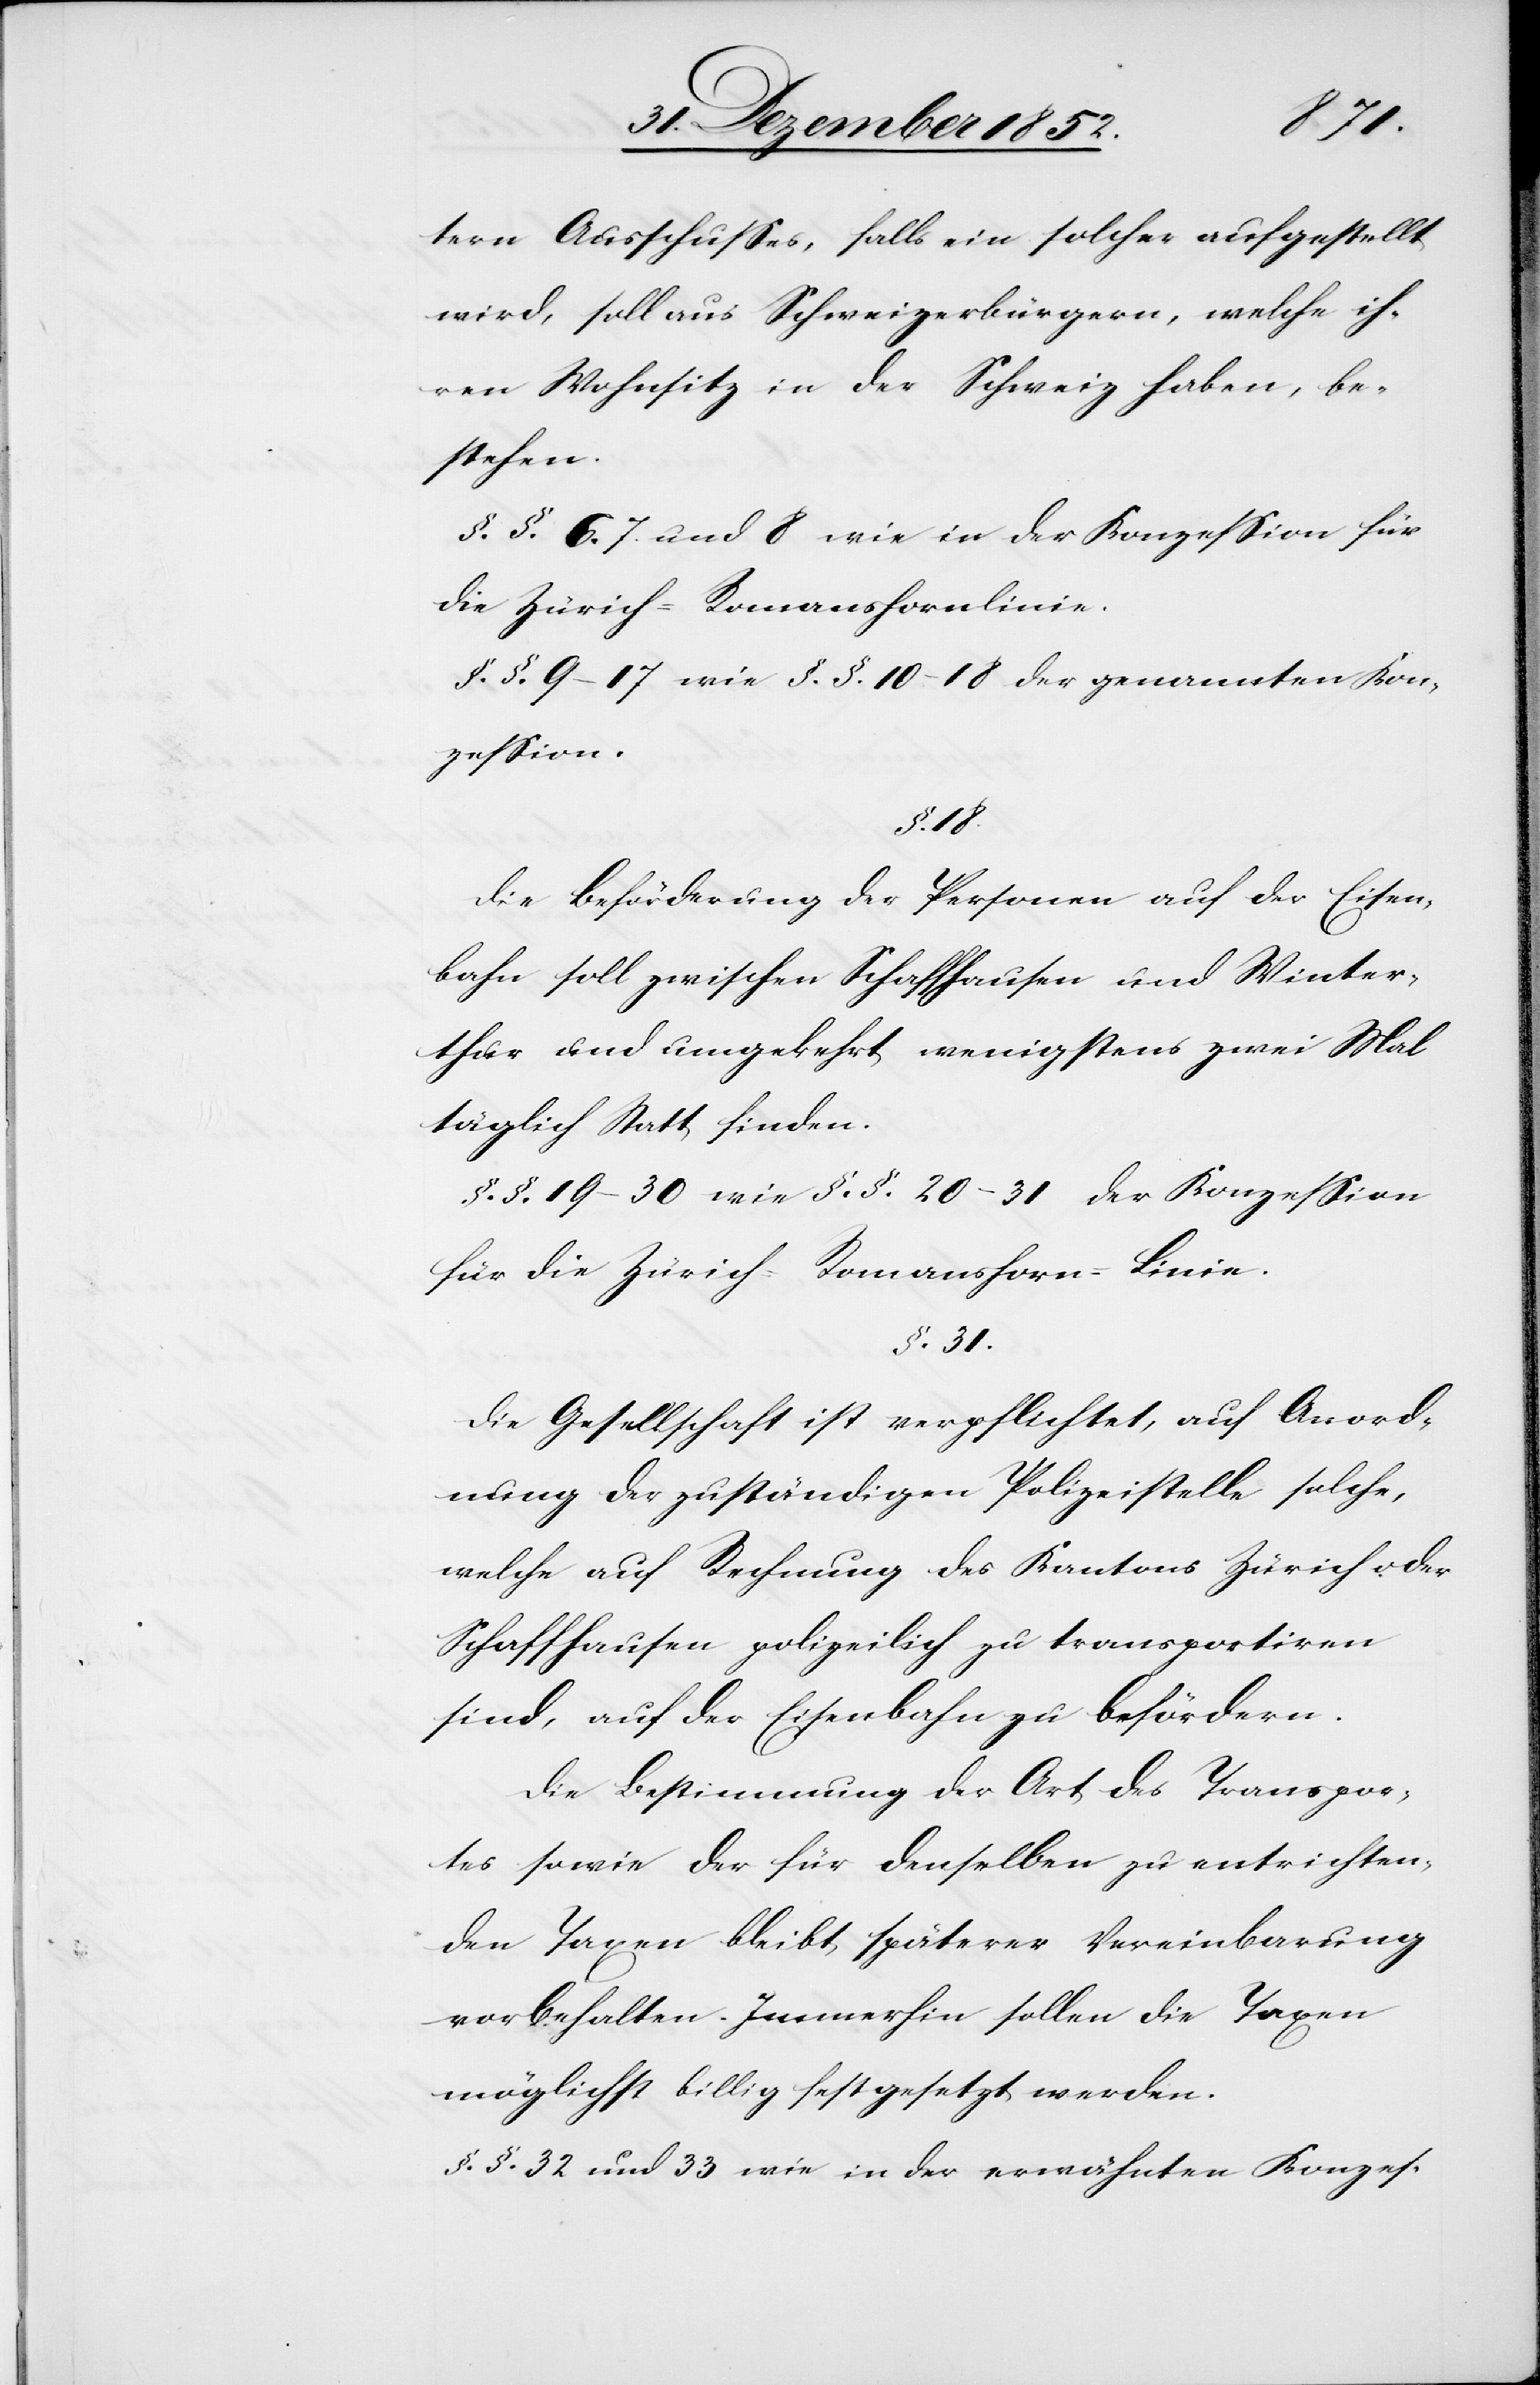
tern Ausschusses, falls ein solcher aufgestellt
wird, soll aus Schweizerbürgern, welche ih¬
ren Wohnsitz in der Schweiz haben, be¬
stehen.
§.§. 6.[,] 7. und 8 wie in der Konzession für
die Zürich-Romanshornlinie.
§.§. 9–17 wie §.§. 10–18 der genannten Kon¬
zession.
§. 18.
Die Beförderung der Personen auf der Eisen¬
bahn soll zwischen Schaffhausen und Winter¬
thur und umgekehrt wenigstens zwei Mal
täglich Statt finden.
§.§. 19–30 wie §.§. 20–31 der Konzession
für die Zürich-Romanshorn-Linie.
§. 31.
Die Gesellschaft ist verpflichtet, auf Anord¬
nung der zuständigen Polizeistelle solche,
welche auf Rechnung des Kantons Zürich oder
Schaffhausen polizeilich zu transportiren
sind, auf der Eisenbahn zu befördern.
Die Bestimmung der Art des Transpor¬
tes sowie der für denselben zu entrichten¬
den Taxen bleibt späterer Vereinbarung
vorbehalten. Immerhin sollen die Taxen
möglichst billig festgesetzt werden.
§.§. 32 und 33 wie in der erwähnten Konzes-